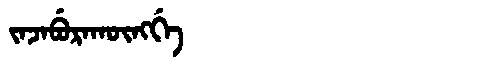
Manchu: ᠵᠠᠵᠠᠪᡠᡵᠠᡴᡡᠩᡤᡝ
Romanization: JAJABURAKŪNGGE